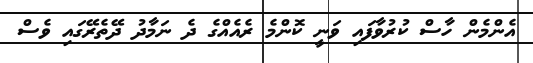
އެންމެން ހާސް ކުރުވާފައި ވަނީ ކޮންމެ ރެއެއްގެ ދެ ނަމާދު ދޭތެރޭގައި ވެސް